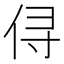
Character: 𰂃